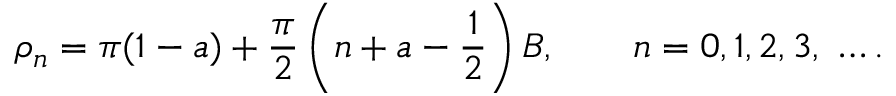
\rho _ { n } = \pi ( 1 - a ) + \frac { \pi } { 2 } \left( n + a - \frac { 1 } { 2 } \right) B , \qquad n = 0 , 1 , 2 , 3 , \ \dots .